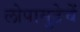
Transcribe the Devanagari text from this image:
लोपामुद्रेचें